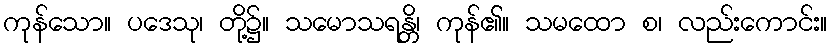
ကုန်သော။ ပဒေသု၊ တို့၌။ သမောသရန္တိ၊ ကုန်၏။ သမထော စ၊ လည်းကောင်း။